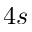
4 s